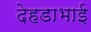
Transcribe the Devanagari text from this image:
देहडाभाई